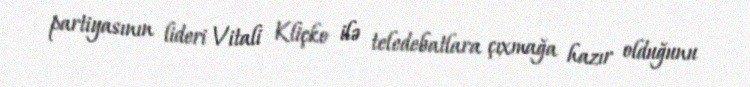
partiyasının lideri Vitali Kliçko ilə teledebatlara çıxmağa hazır olduğunu